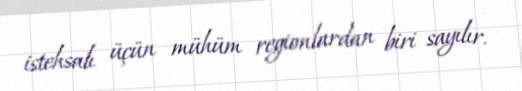
istehsalı üçün mühüm regionlardan biri sayılır.